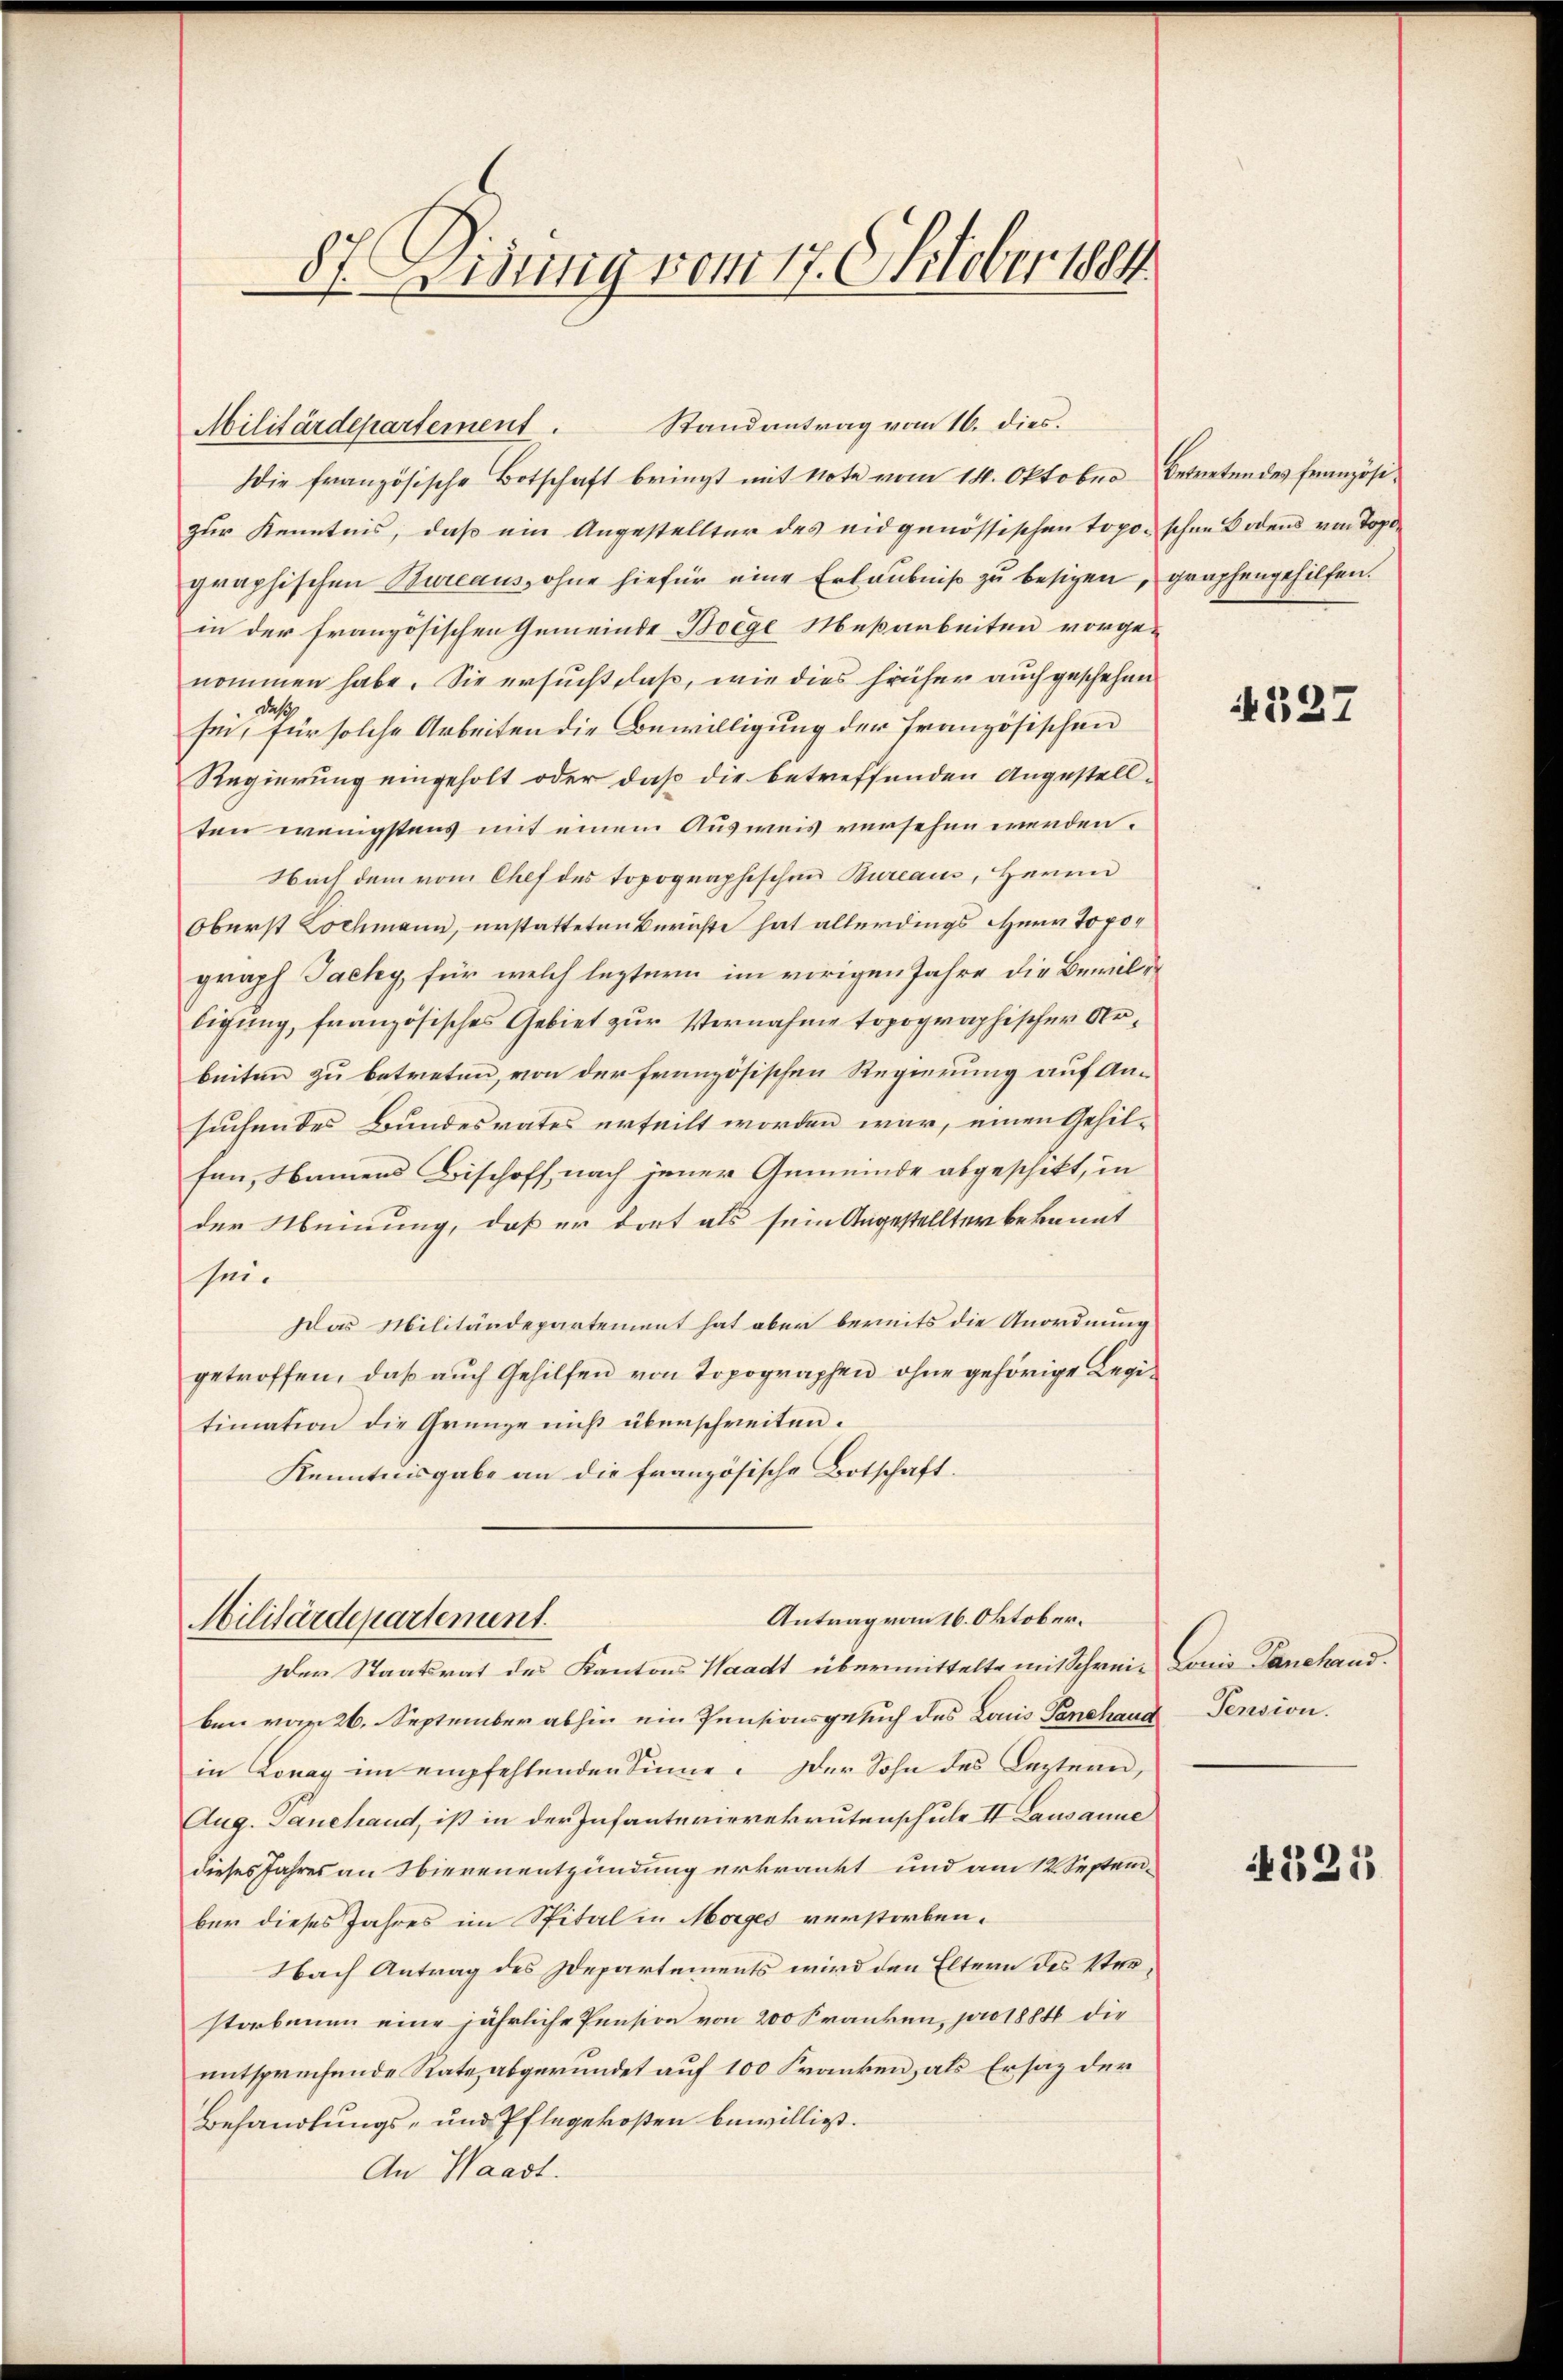
57. Eidung vom 17. Oktober 1884

Militärdepartement. Randantrag vom 16. dies.
Die französische Botschaft bringt mit Note vom 14. Oktober betretendes französi-
zur Kenntnis, daß ein Angestellter des eidgenössischen Toporschen Bodens von Topfe
graphischen Bureaus, ohne hiefür eine Erlaubniß zu besizen, graphengehilfen.
in der französischen Gemeinde Boege Mesarbeiten vorge-
nommen habe. Sie ersucht daß, wie dies früher auch geschehen
Daß
sei, für solche Arbeiten die Bewilligung der französischen
Regierung eingeholt oder daß die betreffenden Angestell-
ten wenigstens mit einem Ausweis versehen werden.
Nach dem vom Chef des topographischen Bureaus, Herrn
Oberst Kochmann, erstatteten Berichte hat allerdings Herr Topograph Jacky, für welch leztern im vorigen Jahre die Bewilligung, französisches Gebiet zur Vernahme topographischer Arbeiten zu betreten, von der französischen Regierung auf Ansuchendes Bundesrates erteilt worden war, einen Gehil-
fen, Namens Bischoff nach jener Gemeinde abgeschikt, in
der Meinung, daß er dort als sein Angestellter bekannt
sei.
Das Militärdepartement hat aber bereits die Anordnung
getroffen, daß auch Gehilfen von Topographen ohne gehörige Legitimation die Grenze nicht überschreiten.
Kenntnisgabe an die französische Botschaft.

Antrag vom 16. Oktober.
Militärdepartement.

der Staatsrat des Kantons Waadt übermittelte mit Schrei- Louis Panehand.
ben vom 26. September abhin ein Pensionsgesuch des Lois Panshand Pension.
in Lonay im empfehlenden Sinne. Der Sohn des Leztern,
Aug. Tanehand, ist in der Infantevierekrutenschule II Lausanne
dieses Jahres an Nierenentzündung erkrankt und am 12. Septem-
ber dieses Jahres im Spital in Morges verstorben.
Nach Antrag des Departements wird den Eltern des Sterstorbenen eine jährliche Pension von 200 Franken, pro 1884 die
entsprechende Rate abgeründet auf 100 Franken, als Ersatz der
Behandlungs- und Pflegekosten bewilligt.
An Waadt.

A127

1321